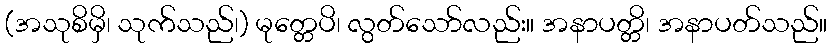
(အသုစိမှိ၊ သုက်သည်၊) မုတ္တေပိ၊ လွတ်သော်လည်း။ အနာပတ္တိ၊ အနာပတ်သည်။